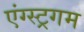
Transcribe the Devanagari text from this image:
एंग्स्ट्रगम